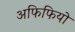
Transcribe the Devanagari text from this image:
अफिफियो